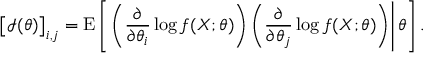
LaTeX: { \bigl [ } { \mathcal { I } } ( \theta ) { \bigr ] } _ { i , j } = \operatorname { E } \left[ \left. \left( { \frac { \partial } { \partial \theta _ { i } } } \log f ( X ; \theta ) \right) \left( { \frac { \partial } { \partial \theta _ { j } } } \log f ( X ; \theta ) \right) \right| \theta \right] .